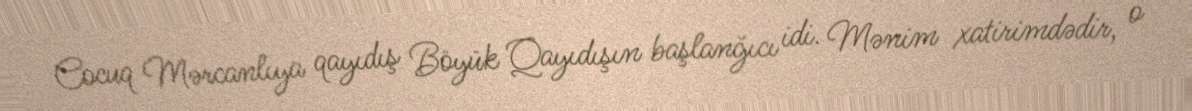
Cocuq Mərcanlıya qayıdış Böyük Qayıdışın başlanğıcı idi. Mənim xatirimdədir, o